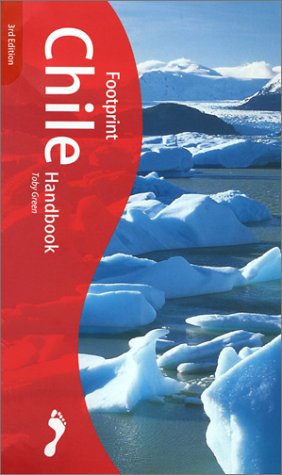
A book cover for Footprint Chile Handbook (3rd Edition); Toby Green; Travel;